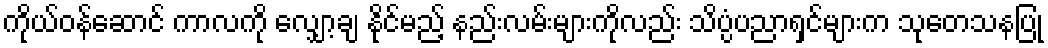
ကိုယ်ဝန်ဆောင် ကာလကို လျှော့ချ နိုင်မည့် နည်းလမ်းများကိုလည်း သိပ္ပံပညာရှင်များက သုတေသနပြု